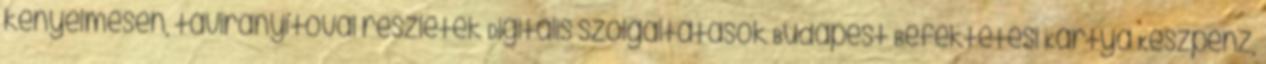
kényelmesen, távirányítóval részletek Digitális szolgáltatások Budapest Befektetési Kártya Készpénz,